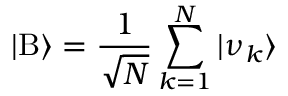
| \mathrm { B } \rangle = \frac { 1 } { \sqrt { N } } \sum _ { k = 1 } ^ { N } | \nu _ { k } \rangle